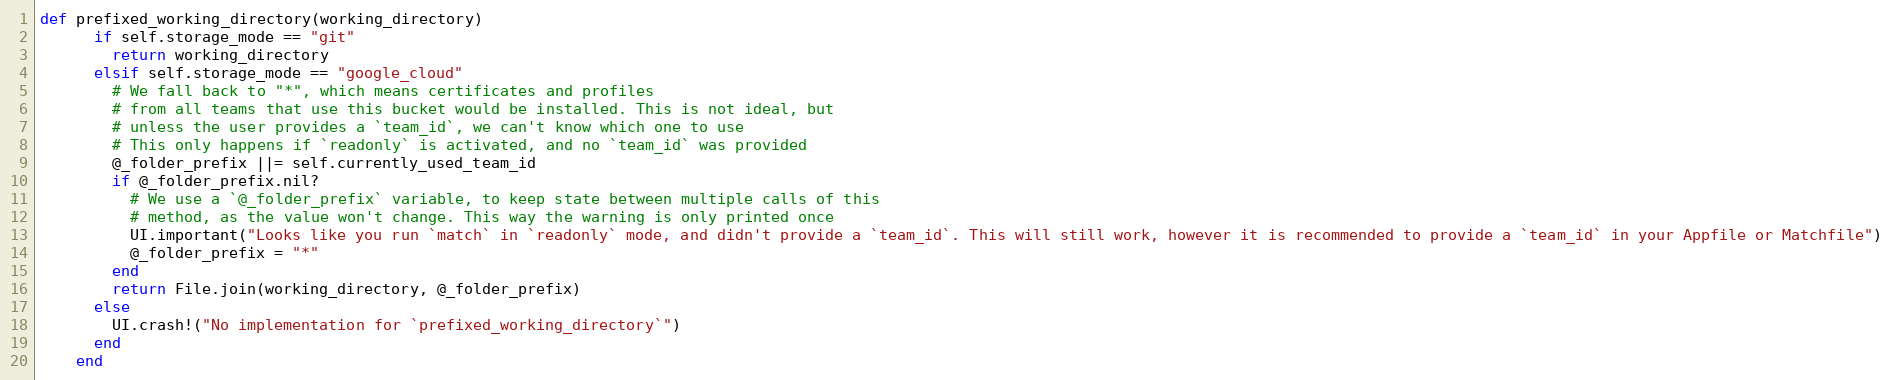
Language: Ruby
def prefixed_working_directory(working_directory)
      if self.storage_mode == "git"
        return working_directory
      elsif self.storage_mode == "google_cloud"
        # We fall back to "*", which means certificates and profiles
        # from all teams that use this bucket would be installed. This is not ideal, but
        # unless the user provides a `team_id`, we can't know which one to use
        # This only happens if `readonly` is activated, and no `team_id` was provided
        @_folder_prefix ||= self.currently_used_team_id
        if @_folder_prefix.nil?
          # We use a `@_folder_prefix` variable, to keep state between multiple calls of this
          # method, as the value won't change. This way the warning is only printed once
          UI.important("Looks like you run `match` in `readonly` mode, and didn't provide a `team_id`. This will still work, however it is recommended to provide a `team_id` in your Appfile or Matchfile")
          @_folder_prefix = "*"
        end
        return File.join(working_directory, @_folder_prefix)
      else
        UI.crash!("No implementation for `prefixed_working_directory`")
      end
    end